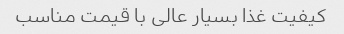
کیفیت غذا بسیار عالی با قیمت مناسب